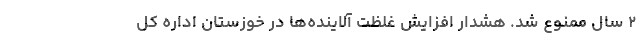
۲ سال ممنوع شد. هشدار افزایش غلظت آلاینده‌ها در خوزستان اداره کل